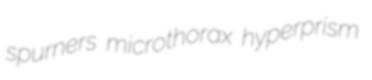
spurners microthorax hyperprism